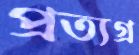
প্রত্যগ্র